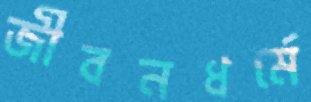
জীবনধর্মে